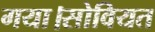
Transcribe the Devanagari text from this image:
गया।सोवियत